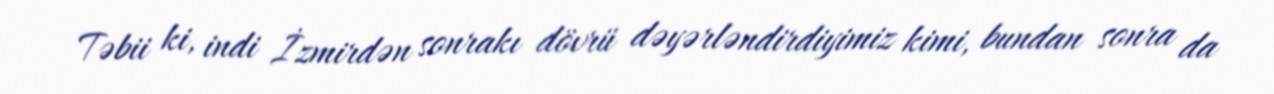
Təbii ki, indi İzmirdən sonrakı dövrü dəyərləndirdiyimiz kimi, bundan sonra da